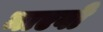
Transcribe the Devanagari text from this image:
माएवो